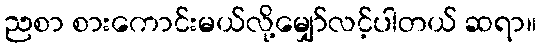
ညစာ စားကောင်းမယ်လို့မျှော်လင့်ပါတယ် ဆရာ။